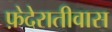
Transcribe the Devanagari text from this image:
फ़ेदेरातीवास